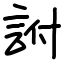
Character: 詂